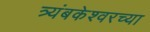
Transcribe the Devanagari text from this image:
त्र्यंबकेश्‍वरच्या